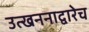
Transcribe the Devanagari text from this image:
उत्खननाद्वारेच